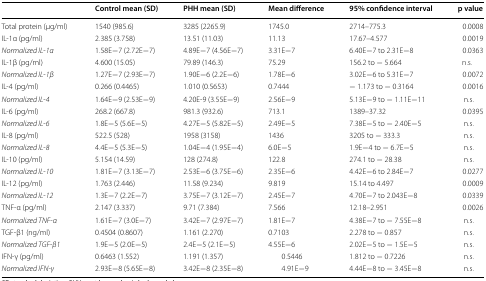
<table><thead><tr><td></td><td><b>Control mean (SD)</b></td><td><b>PHH mean (SD)</b></td><td><b>Mean difference</b></td><td><b>95% confidence interval</b></td><td><b>p value</b></td></tr></thead><tbody><tr><td>Total protein (μg/ml)</td><td>1540 (985.6)</td><td>3285 (2265.9)</td><td>1745.0</td><td>2714–775.3</td><td>0.0008</td></tr><tr><td>IL-1α (pg/ml)</td><td>2.385 (3.758)</td><td>13.51 (11.03)</td><td>11.13</td><td>17.67–4.577</td><td>0.0019</td></tr><tr><td><i>Normalized IL</i>-<i>1α</i></td><td>1.58E−7 (2.72E−7)</td><td>4.89E−7 (4.56E−7)</td><td>3.31E−7</td><td>6.40E−7 to 2.31E−8</td><td>0.0363</td></tr><tr><td>IL-1β (pg/ml)</td><td>4.600 (15.05)</td><td>79.89 (146.3)</td><td>75.29</td><td>156.2 to − 5.664</td><td>n.s.</td></tr><tr><td><i>Normalized IL</i>-<i>1β</i></td><td>1.27E−7 (2.93E−7)</td><td>1.90E−6 (2.2E−6)</td><td>1.78E−6</td><td>3.02E−6 to 5.31E−7</td><td>0.0072</td></tr><tr><td>IL-4 (pg/ml)</td><td>0.266 (0.4465)</td><td>1.010 (0.5653)</td><td>0.7444</td><td>− 1.173 to − 0.3164</td><td>0.0016</td></tr><tr><td><i>Normalized IL</i>-<i>4</i></td><td>1.64E−9 (2.53E−9)</td><td>4.20E-9 (3.55E−9)</td><td>2.56E−9</td><td>5.13E−9 to − 1.11E−11</td><td>n.s.</td></tr><tr><td>IL-6 (pg/ml)</td><td>268.2 (667.8)</td><td>981.3 (932.6)</td><td>713.1</td><td>1389–37.32</td><td>0.0395</td></tr><tr><td><i>Normalized IL</i>-<i>6</i></td><td>1.8E−5 (5.6E−5)</td><td>4.27E−5 (5.82E−5)</td><td>2.49E−5</td><td>7.38E−5 to − 2.40E−5</td><td>n.s.</td></tr><tr><td>IL-8 (pg/ml)</td><td>522.5 (528)</td><td>1958 (3158)</td><td>1436</td><td>3205 to − 333.3</td><td>n.s.</td></tr><tr><td><i>Normalized IL</i>-<i>8</i></td><td>4.4E−5 (5.3E−5)</td><td>1.04E−4 (1.95E−4)</td><td>6.0E−5</td><td>1.9E−4 to − 6.7E−5</td><td>n.s.</td></tr><tr><td>IL-10 (pg/ml)</td><td>5.154 (14.59)</td><td>128 (274.8)</td><td>122.8</td><td>274.1 to − 28.38</td><td>n.s.</td></tr><tr><td><i>Normalized IL</i>-<i>10</i></td><td>1.81E−7 (3.13E−7)</td><td>2.53E−6 (3.75E−6)</td><td>2.35E−6</td><td>4.42E−6 to 2.84E−7</td><td>0.0277</td></tr><tr><td>IL-12 (pg/ml)</td><td>1.763 (2.446)</td><td>11.58 (9.234)</td><td>9.819</td><td>15.14 to 4.497</td><td>0.0009</td></tr><tr><td><i>Normalized IL</i>-<i>12</i></td><td>1.3E−7 (2.2E−7)</td><td>3.75E−7 (3.12E−7)</td><td>2.45E−7</td><td>4.70E−7 to 2.043E−8</td><td>0.0339</td></tr><tr><td>TNF-α (pg/ml)</td><td>2.147 (3.337)</td><td>9.71 (7.384)</td><td>7.566</td><td>12.18–2.951</td><td>0.0026</td></tr><tr><td><i>Normalized TNF</i>-<i>α</i></td><td>1.61E−7 (3.0E−7)</td><td>3.42E−7 (2.97E−7)</td><td>1.81E−7</td><td>4.38E−7 to − 7.55E−8</td><td>n.s.</td></tr><tr><td>TGF-β1 (ng/ml)</td><td>0.4504 (0.8607)</td><td>1.161 (2.270)</td><td>0.7103</td><td>2.278 to − 0.857</td><td>n.s.</td></tr><tr><td><i>Normalized TGF</i>-<i>β1</i></td><td>1.9E−5 (2.0E−5)</td><td>2.4E−5 (2.1E−5)</td><td>4.55E−6</td><td>2.02E−5 to − 1.5E−5</td><td>n.s.</td></tr><tr><td>IFN-γ (pg/ml)</td><td>0.6463 (1.552)</td><td>1.191 (1.357)</td><td>0.5446</td><td>1.812 to − 0.7226</td><td>n.s.</td></tr><tr><td><i>Normalized IFN</i>-<i>γ</i></td><td>2.93E−8 (5.65E−8)</td><td>3.42E−8 (2.35E−8)</td><td>4.91E−9</td><td>4.44E−8 to − 3.45E−8</td><td>n.s.</td></tr></tbody></table>